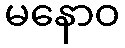
မနောဝ